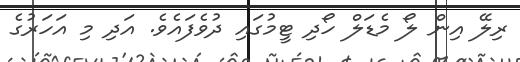
ރިލޭ އިން ލޯ މެޑަލް ހޯދި ޓީމުގައި ދުވެފައެވެ. އަދި މި އަހަރުގެ